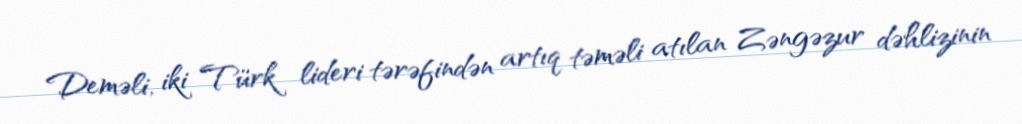
Deməli, iki Türk lideri tərəfindən artıq təməli atılan Zəngəzur dəhlizinin